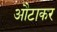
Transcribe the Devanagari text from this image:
औटाकर